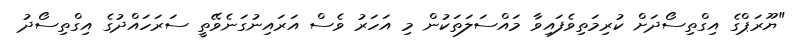
"ޔޫރަޕްގެ އިގްތިސޯދަށް ކުރިމަތިވެފައިވާ މައްސަލަތަކުން މި އަހަރު ވެސް އަރައިނުގަނެވޭތީ ސަރަހައްދުގެ އިގްތިސޯދު